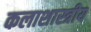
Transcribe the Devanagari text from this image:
कलाशास्त्रीय